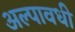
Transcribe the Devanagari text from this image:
अल्पावधी